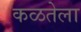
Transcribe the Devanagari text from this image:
कळतेला